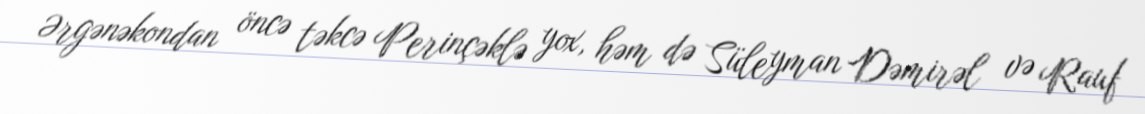
Ərgənəkondan öncə təkcə Perinçəklə yox, həm də Süleyman Dəmirəl və Rauf